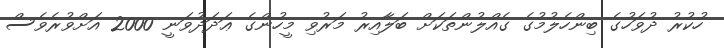
ހުކުރު ދުވަހުގެ ބިންހެލުމުގެ ގެއްލުންތަކަށް ބަލާއިރު މަރުވި މީހުންގެ ޢަދަދުވަނީ 2000 އަށްވުރެވެސް